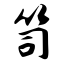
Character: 笥